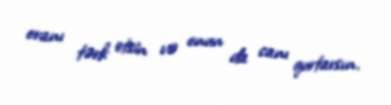
oranı tərk etsin və onun da canı qurtarsın.